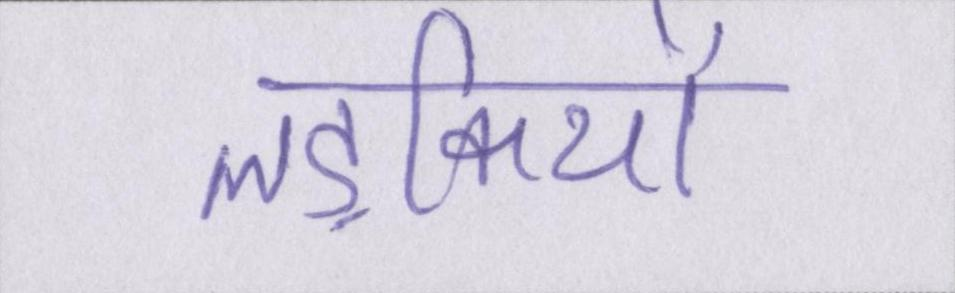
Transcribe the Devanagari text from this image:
लड़कियों